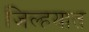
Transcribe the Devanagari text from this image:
जिल्‍हयात